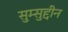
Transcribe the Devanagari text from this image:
सुम्सुद्दीन